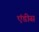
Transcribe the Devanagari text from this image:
एंडीस